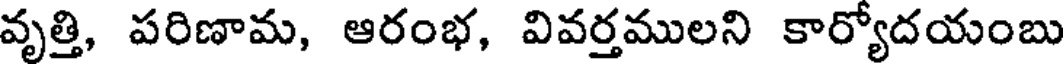
వృత్తి, పరిణామ, ఆరంభ, వివర్తములని కార్యోదయంబు